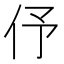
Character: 伃